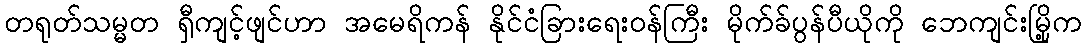
တရုတ်သမ္မတ ရှီကျင့်ဖျင်ဟာ အမေရိကန် နိုင်ငံခြားရေးဝန်ကြီး မိုက်ခ်ပွန်ပီယိုကို ဘေကျင်းမြို့က